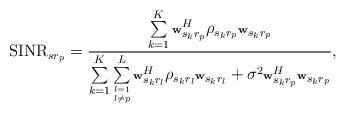
LaTeX: \begin{align*}\scriptsize{{\rm SINR}_{sr_{p}}=\frac{\sum\limits_{k=1}^K \textbf{w}_{s_kr_p}^H \rho_{s_kr_p}\textbf{w}_{s_kr_p} }{\sum\limits_{k=1}^K \sum\limits_{\substack{l=1\\l\neq p}}^L \textbf{w}_{s_kr_l}^H \rho_{s_kr_l}\textbf{w}_{s_kr_l} + \sigma^2\textbf{w}_{s_kr_p}^H \textbf{w}_{s_kr_p}},}\end{align*}